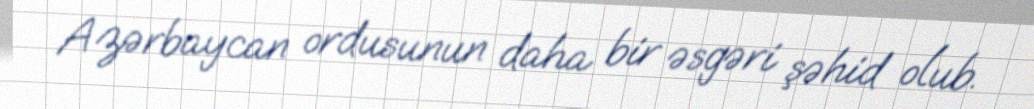
Azərbaycan ordusunun daha bir əsgəri şəhid olub.